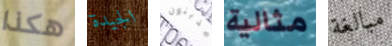
هكذا الجيدة مدينون مثالية مبالغة